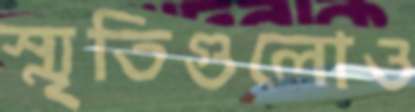
স্মৃতিগুলোও